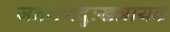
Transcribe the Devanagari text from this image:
जनगणदुःखत्रायक